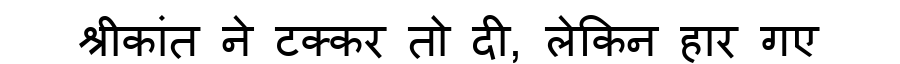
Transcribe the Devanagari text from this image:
श्रीकांत ने टक्कर तो दी, लेकिन हार गए